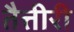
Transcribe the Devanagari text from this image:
तैत्तीरी